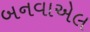
બનવાએલ